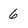
Character: 6